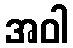
အဝါ